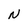
Character: N